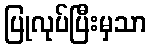
ပြုလုပ်ပြီးမှသာ